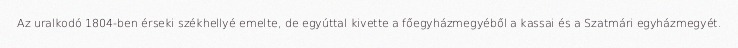
Az uralkodó 1804-ben érseki székhellyé emelte, de egyúttal kivette a főegyházmegyéből a kassai és a Szatmári egyházmegyét.